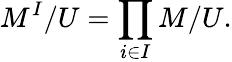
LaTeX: M^{I}/U=\prod_{i\in I}M/U.